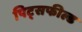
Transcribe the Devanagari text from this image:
पिट्सफील्ड